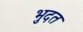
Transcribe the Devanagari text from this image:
भुदत